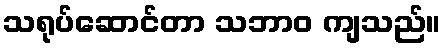
သရုပ်ဆောင်တာ သဘာဝ ကျသည်။